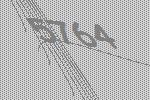
5764